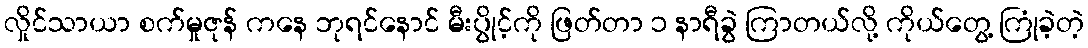
လှိုင်သာယာ စက်မှုဇုန် ကနေ ဘုရင်နောင် မီးပွိုင့်ကို ဖြတ်တာ ၁ နာရီခွဲ ကြာတယ်လို့ ကိုယ်တွေ့ ကြုံခဲ့တဲ့